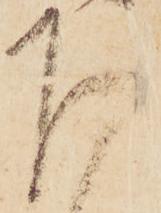
下